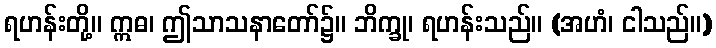
ရဟန်းတို့။ ဣဓ၊ ဤသာသနာတော်၌။ ဘိက္ခု၊ ရဟန်းသည်။ (အဟံ၊ ငါသည်။)